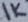
Text: 1K